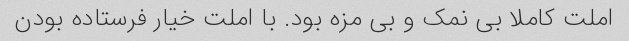
املت کاملا بی نمک و بی مزه بود. با املت خیار فرستاده بودن